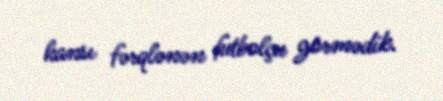
hansı fərqlənən futbolçu görmədik.